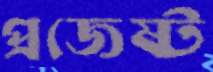
প্রজেষ্ট